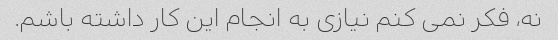
نه، فکر نمی کنم نیازی به انجام این کار داشته باشم.